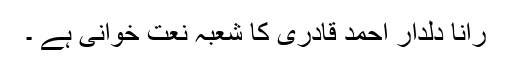
رانا دلدار احمد قادری کا شعبہ نعت خوانی ہے ۔